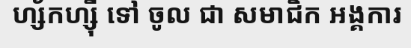
ហ្ស័កហ្ស៊ី ទៅ ចូល ជា សមាជិក អង្គការ